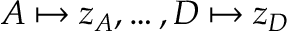
A \mapsto z _ { A } , \ldots , D \mapsto z _ { D }